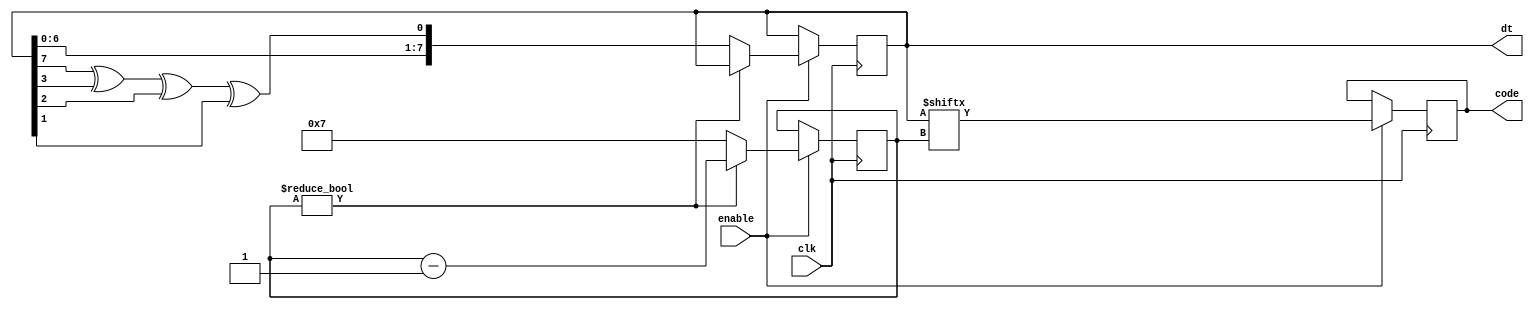
module DDS(clk, enable, code, dt);
    input clk, enable;
    output reg code = 0;
    output reg [7:0] dt = 8'b1010_1010;
    reg [3:0] i = 7; // i70
    always @(negedge clk) begin
        if (enable) begin
            code <= dt[i]; // i
            if (i != 0) begin
                // i
                i = i - 1;
            end else begin
                // i0
                dt = {dt[6:0], ((dt[7] ^ dt[3]) ^ dt[2]) ^ dt[1]}; // dt[0]
                i = 7; // 
            end
        end
        // enable0code
    end
endmodule